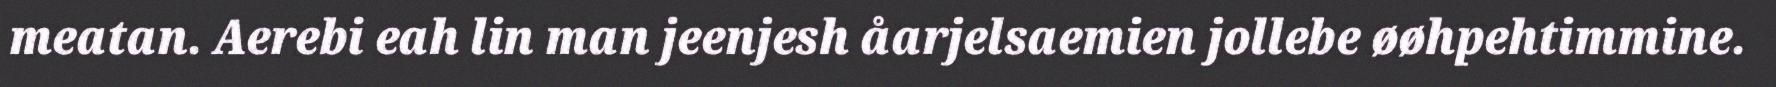
meatan. Aerebi eah lin man jeenjesh åarjelsaemien jollebe øøhpehtimmine.